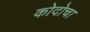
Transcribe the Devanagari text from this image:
कोदोचा